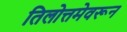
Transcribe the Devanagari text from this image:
तिलोत्तमेवरून